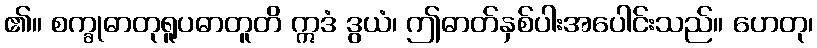
၏။ စက္ခုဓာတုရူပဓာတူတိ ဣဒံ ဒွယံ၊ ဤဓာတ်နှစ်ပါးအပေါင်းသည်။ ဟေတု၊